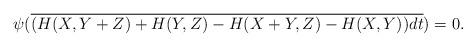
LaTeX: \begin{align*}\psi(\overline{(H(X, Y+Z) + H(Y, Z) - H(X+Y, Z) - H(X, Y))dt}) = 0.\end{align*}